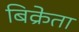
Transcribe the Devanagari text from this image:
बिक्रेता